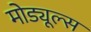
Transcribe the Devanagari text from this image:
मोड्यूल्स